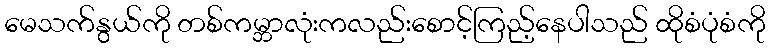
မေသက်နွယ်ကို တစ်ကမ္ဘာလုံးကလည်းစောင့်ကြည့်နေပါသည် ထိုစံပုံစံကို